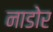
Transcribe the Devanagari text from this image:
नाडोर